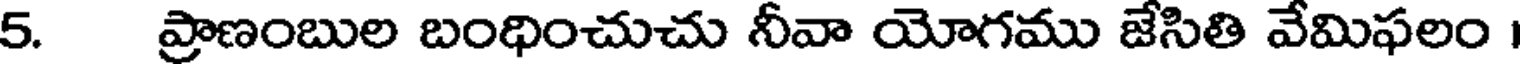
5. ప్రాణంబుల బంధించుచు నీవా యోగము జేసితి వేమిఫలం